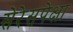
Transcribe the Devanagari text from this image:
सेरेसपेक्षा